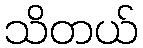
သိတယ်